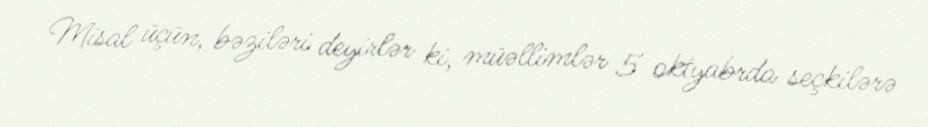
Misal üçün, bəziləri deyirlər ki, müəllimlər 5 oktyabrda seçkilərə